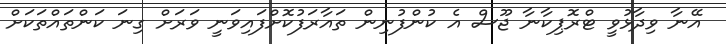
އޭނާ ވިދާޅުވީ ޓްރޮޕިކާނާ ޖޫސް އެ ކުންފުނިން ތައާރަފުކޮށްފައިވަނީ ވަރަށް ގިނަ ކަންތައްތަކަށް